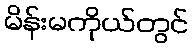
မိန်းမကိုယ်တွင်